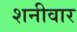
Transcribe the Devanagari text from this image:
शनीवार